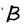
Character: B